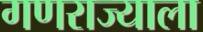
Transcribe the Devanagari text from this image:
गणराज्याला